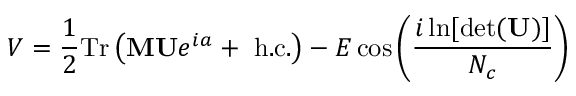
V = \frac { 1 } { 2 } \mathrm { T r } \left( { \bf M U } e ^ { i { a } } + ~ \mathrm { h . c . } \right) - E \cos \left( \frac { i \ln [ \operatorname * { d e t } ( { \bf U } ) ] } { N _ { c } } \right)